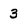
Character: 3